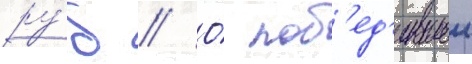
ру́б // О́ поб'ед'ившеи